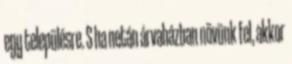
egy településre. S ha netán árvaházban növünk fel, akkor